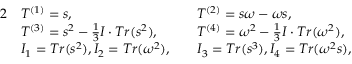
\begin{array} { r l r l } { { 2 } } & { T ^ { ( 1 ) } = s , } & & { T ^ { ( 2 ) } = s \omega - \omega s , } \\ & { T ^ { ( 3 ) } = s ^ { 2 } - \frac { 1 } { 3 } I \cdot T r ( s ^ { 2 } ) , } & & { T ^ { ( 4 ) } = \omega ^ { 2 } - \frac { 1 } { 3 } I \cdot T r ( \omega ^ { 2 } ) , } \\ & { I _ { 1 } = T r ( s ^ { 2 } ) , I _ { 2 } = T r ( \omega ^ { 2 } ) , } & & { I _ { 3 } = T r ( s ^ { 3 } ) , I _ { 4 } = T r ( \omega ^ { 2 } s ) , } \end{array}